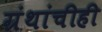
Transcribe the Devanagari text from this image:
ग्रंथांचीही